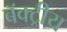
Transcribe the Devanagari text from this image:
बॅक्ट्रीय